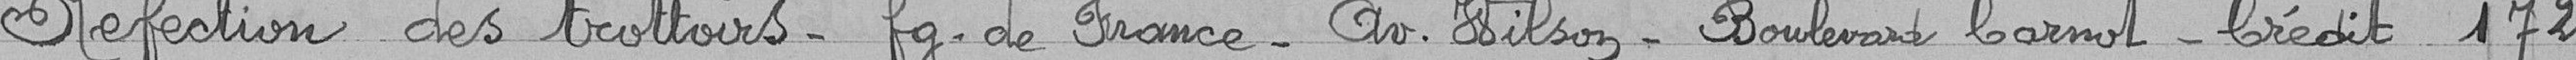
Réfection des trottoirs - Fg. de France - Av. Wilson - Boulevard Carnot - Crédit 172